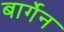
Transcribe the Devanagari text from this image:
बार्गेन